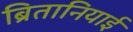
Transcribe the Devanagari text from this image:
ब्रितानियाई